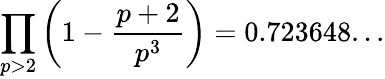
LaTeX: \prod_{p>2}\left(1-{\frac{p+2}{p^{3}}}\right)=0.723648...